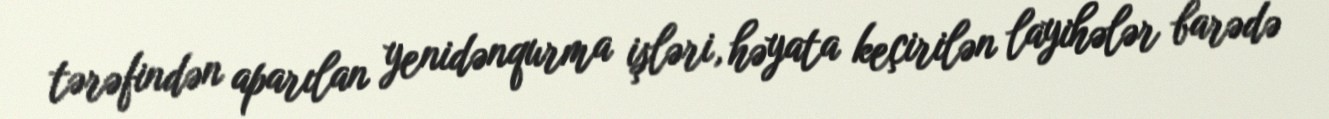
tərəfindən aparılan yenidənqurma işləri, həyata keçirilən layihələr barədə